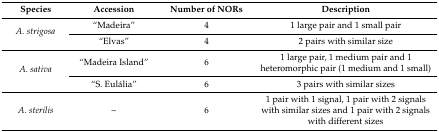
<table><thead><tr><td><b>Species</b></td><td><b>Accession</b></td><td><b>Number of NORs</b></td><td><b>Description</b></td></tr></thead><tbody><tr><td rowspan="2"><i>A. strigosa</i></td><td>“Madeira”</td><td>4</td><td>1 large pair and 1 small pair</td></tr><tr><td>“Elvas”</td><td>4</td><td>2 pairs with similar size</td></tr><tr><td rowspan="2"><i>A. sativa</i></td><td>“Madeira Island”</td><td>6</td><td>1 large pair, 1 medium pair and 1 heteromorphic pair (1 medium and 1 small)</td></tr><tr><td>“S. Eulália”</td><td>6</td><td>3 pairs with similar sizes</td></tr><tr><td><i>A. sterilis</i></td><td>–</td><td>6</td><td>1 pair with 1 signal, 1 pair with 2 signals with similar sizes and 1 pair with 2 signals with different sizes</td></tr></tbody></table>